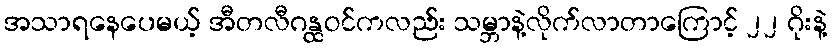
အသာရနေပေမယ့် အီတလီဂန္ထဝင်ကလည်း သမ္ဘာနဲ့လိုက်လာတာကြောင့် ၂၂ ဂိုးနဲ့